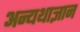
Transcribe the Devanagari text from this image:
अन्यथाज्ञान